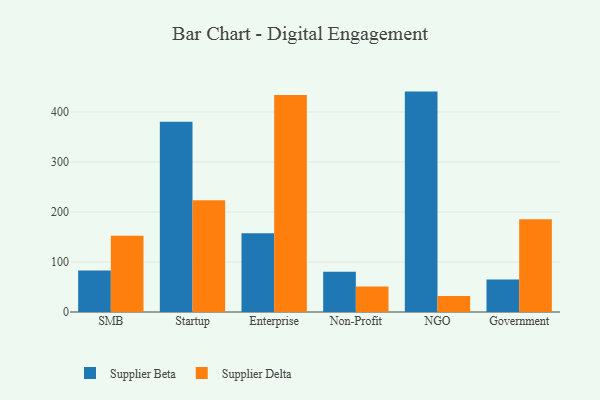
{"axis": {"x": "Segment", "y": "Energy Usage (MWh)"}, "legend": ["Supplier Beta", "Supplier Delta"], "data": [{"x": "SMB", "y": 82.8, "type": "Supplier Beta"}, {"x": "SMB", "y": 152.4, "type": "Supplier Delta"}, {"x": "Startup", "y": 380.6, "type": "Supplier Beta"}, {"x": "Startup", "y": 223.3, "type": "Supplier Delta"}, {"x": "Enterprise", "y": 157.7, "type": "Supplier Beta"}, {"x": "Enterprise", "y": 434.1, "type": "Supplier Delta"}, {"x": "Non-Profit", "y": 80.6, "type": "Supplier Beta"}, {"x": "Non-Profit", "y": 51.0, "type": "Supplier Delta"}, {"x": "NGO", "y": 440.7, "type": "Supplier Beta"}, {"x": "NGO", "y": 32.1, "type": "Supplier Delta"}, {"x": "Government", "y": 64.8, "type": "Supplier Beta"}, {"x": "Government", "y": 185.5, "type": "Supplier Delta"}]}